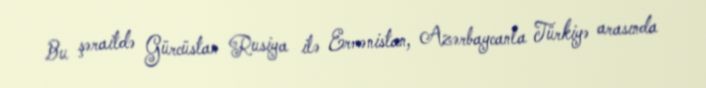
Bu şəraitdə Gürcüstan Rusiya ilə Ermənistan, Azərbaycanla Türkiyə arasında